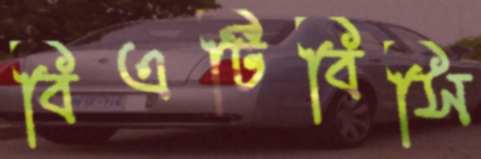
বিএটিবিসি